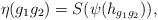
LaTeX: \begin{align*}\eta(g_1 g_2)=S(\psi(h_{g_1 g_2})),\end{align*}